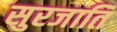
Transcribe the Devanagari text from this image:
सुरजाति